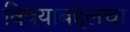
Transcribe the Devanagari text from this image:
विषयाबद्दलचा